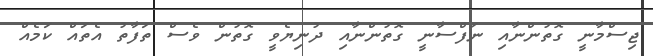
ޖިސްމާނީ ގޮތުންނާއި ނަފްސާނީ ގޮތުންނާއި ދުނިޔެވީ ގޮތުން ވެސް ތަފާތު އެތައް ކަމެއް